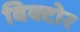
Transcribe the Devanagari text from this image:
विक्टोर